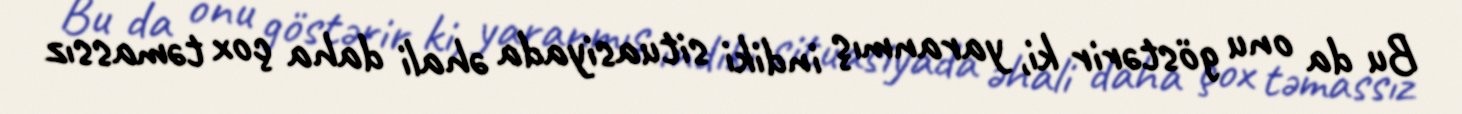
Bu da onu göstərir ki, yaranmış indiki situasiyada əhali daha çox təmassız